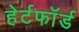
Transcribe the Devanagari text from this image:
हेर्टफाॅर्ड